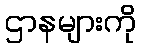
ဌာနများကို